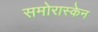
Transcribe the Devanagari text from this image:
समोरास्केन